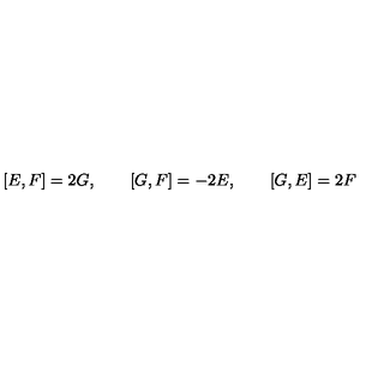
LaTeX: [ E , F ] = 2 G , \qquad [ G , F ] = - 2 E , \qquad [ G , E ] = 2 F